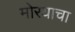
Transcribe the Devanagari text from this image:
मोरयाचा